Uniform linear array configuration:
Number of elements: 32
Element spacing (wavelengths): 0.75
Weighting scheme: exponential
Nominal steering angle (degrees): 0
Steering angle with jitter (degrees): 1.891
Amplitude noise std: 0.05
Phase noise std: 0.05

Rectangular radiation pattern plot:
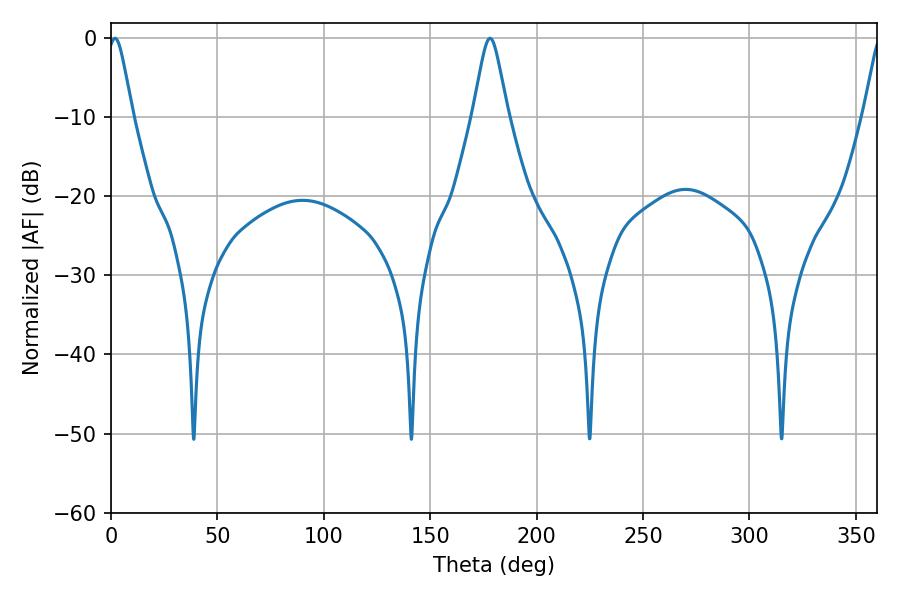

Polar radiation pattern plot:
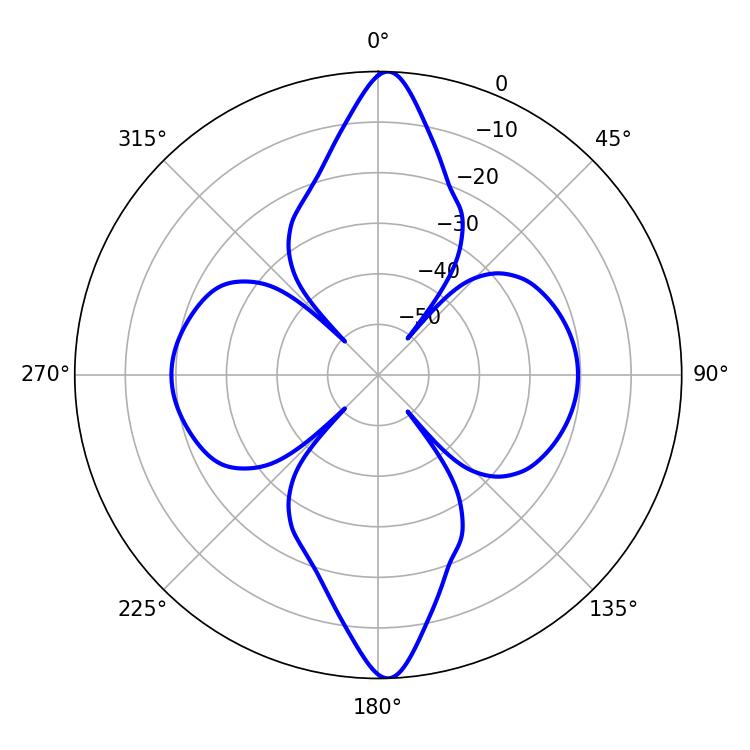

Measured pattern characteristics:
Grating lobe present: TRUE
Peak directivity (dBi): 23.741
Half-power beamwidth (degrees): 5.76
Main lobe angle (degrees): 1.8